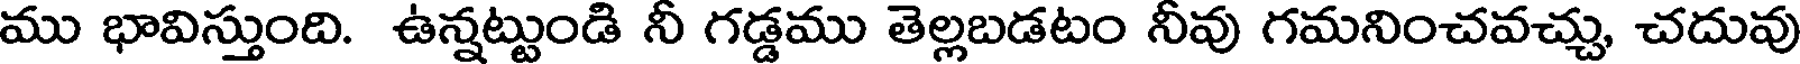
ము భావిస్తుంది. ఉన్నట్టుండి నీ గడ్డము తెల్లబడటం నీవు గమనించవచ్చు, చదువు